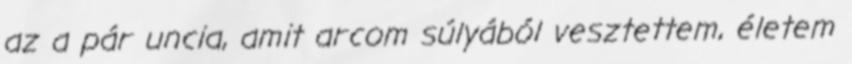
az a pár uncia, amit arcom súlyából vesztettem, életem